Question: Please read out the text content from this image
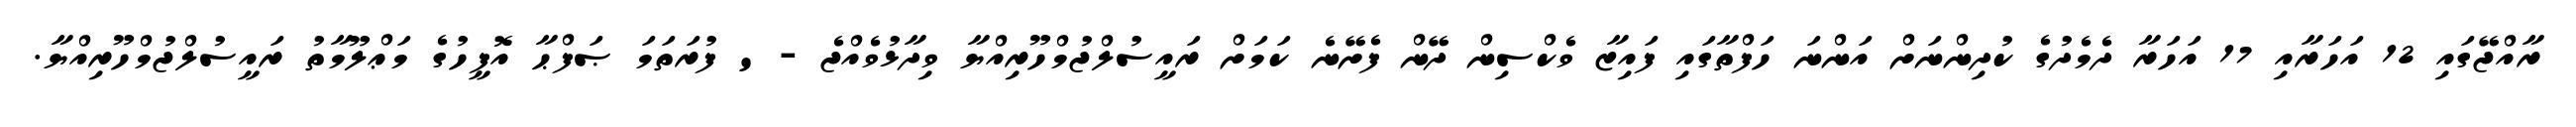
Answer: ރާއްޖޭގައި 12 އަހަރާއި 17 އަހަރާ ދެމެދުގެ ކުދިންނަށް އަންނަ ހަފްތާގައި ފައިޒާ ވެކްސިން ދޭން ފެށޭނެ ކަމަށް ރައީސުލްޖުމްހޫރިއްޔާ ވިދާޅުވެއްޖެ - ' ފުރަތަމަ ޞަފްޙާ އޮފީހުގެ މަޢްލޫމާތު ރައީސުލްޖުމްހޫރިއްޔާ.